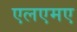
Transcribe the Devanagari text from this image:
एलएमए